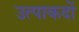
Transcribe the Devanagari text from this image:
उत्पाकदों